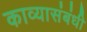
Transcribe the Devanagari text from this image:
काव्यासंबंधी